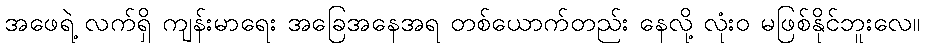
အဖေရဲ့ လက်ရှိ ကျန်းမာရေး အခြေအနေအရ တစ်ယောက်တည်း နေလို့ လုံးဝ မဖြစ်နိုင်ဘူးလေ။